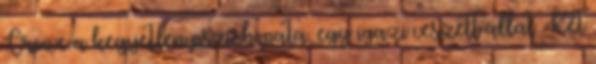
Crowe a kegyetlen pszichopata, egy igazi veszett állat. Két